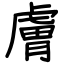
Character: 膚